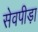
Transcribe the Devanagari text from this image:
सेवपीड़ा